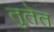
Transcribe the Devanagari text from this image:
तुतेत